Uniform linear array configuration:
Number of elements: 12
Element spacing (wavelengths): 0.75
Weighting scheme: kaiser
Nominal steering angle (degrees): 60
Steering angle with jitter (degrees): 60.015
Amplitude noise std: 0.05
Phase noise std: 0.05

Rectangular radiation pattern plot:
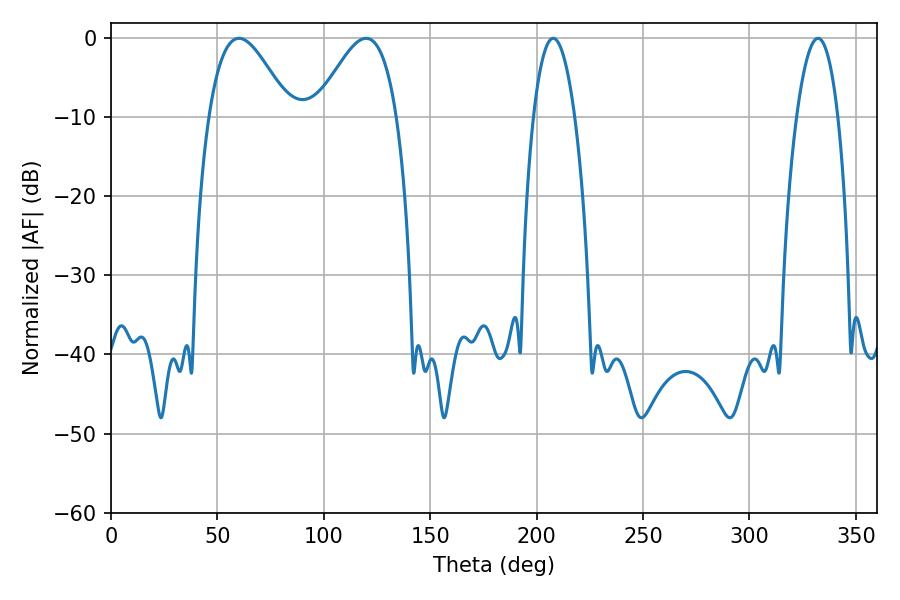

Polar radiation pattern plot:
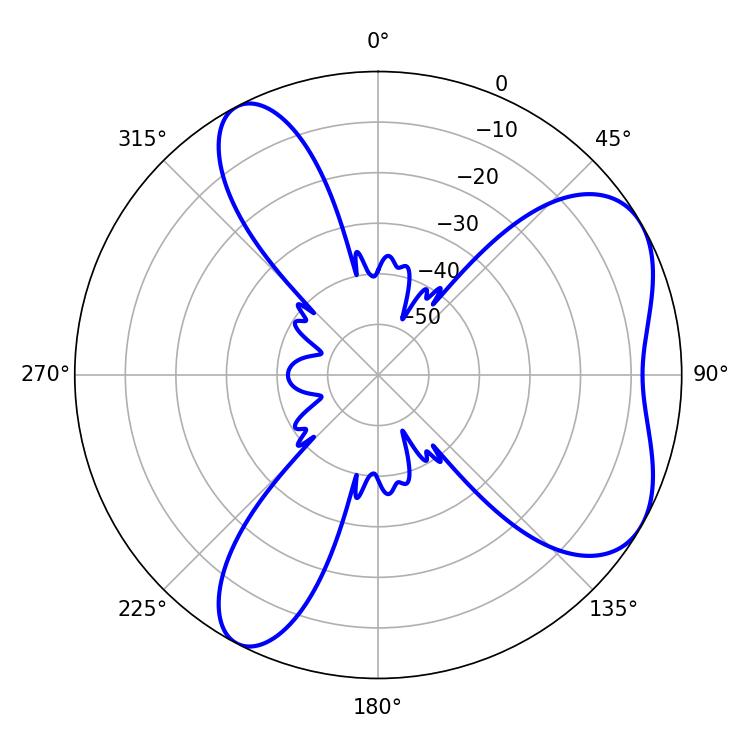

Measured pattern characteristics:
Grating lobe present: TRUE
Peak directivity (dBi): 5.807
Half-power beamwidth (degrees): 20.34
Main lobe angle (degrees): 60.12